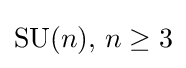
\operatorname {SU} (n),\,n\geq 3